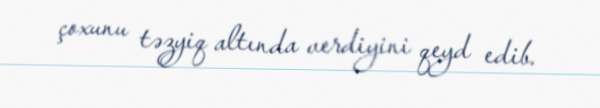
çoxunu təzyiq altında verdiyini qeyd edib.